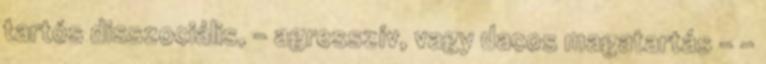
tartós disszociális, - agresszív, vagy dacos magatartás - -